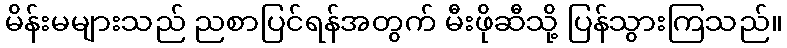
မိန်းမများသည် ညစာပြင်ရန်အတွက် မီးဖိုဆီသို့ ပြန်သွားကြသည်။